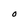
Character: O